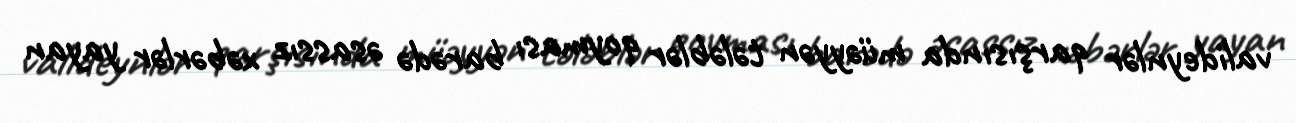
valideynlər qarşısında müəyyən tələblər qoyması barədə əsassız xəbərlər yayan